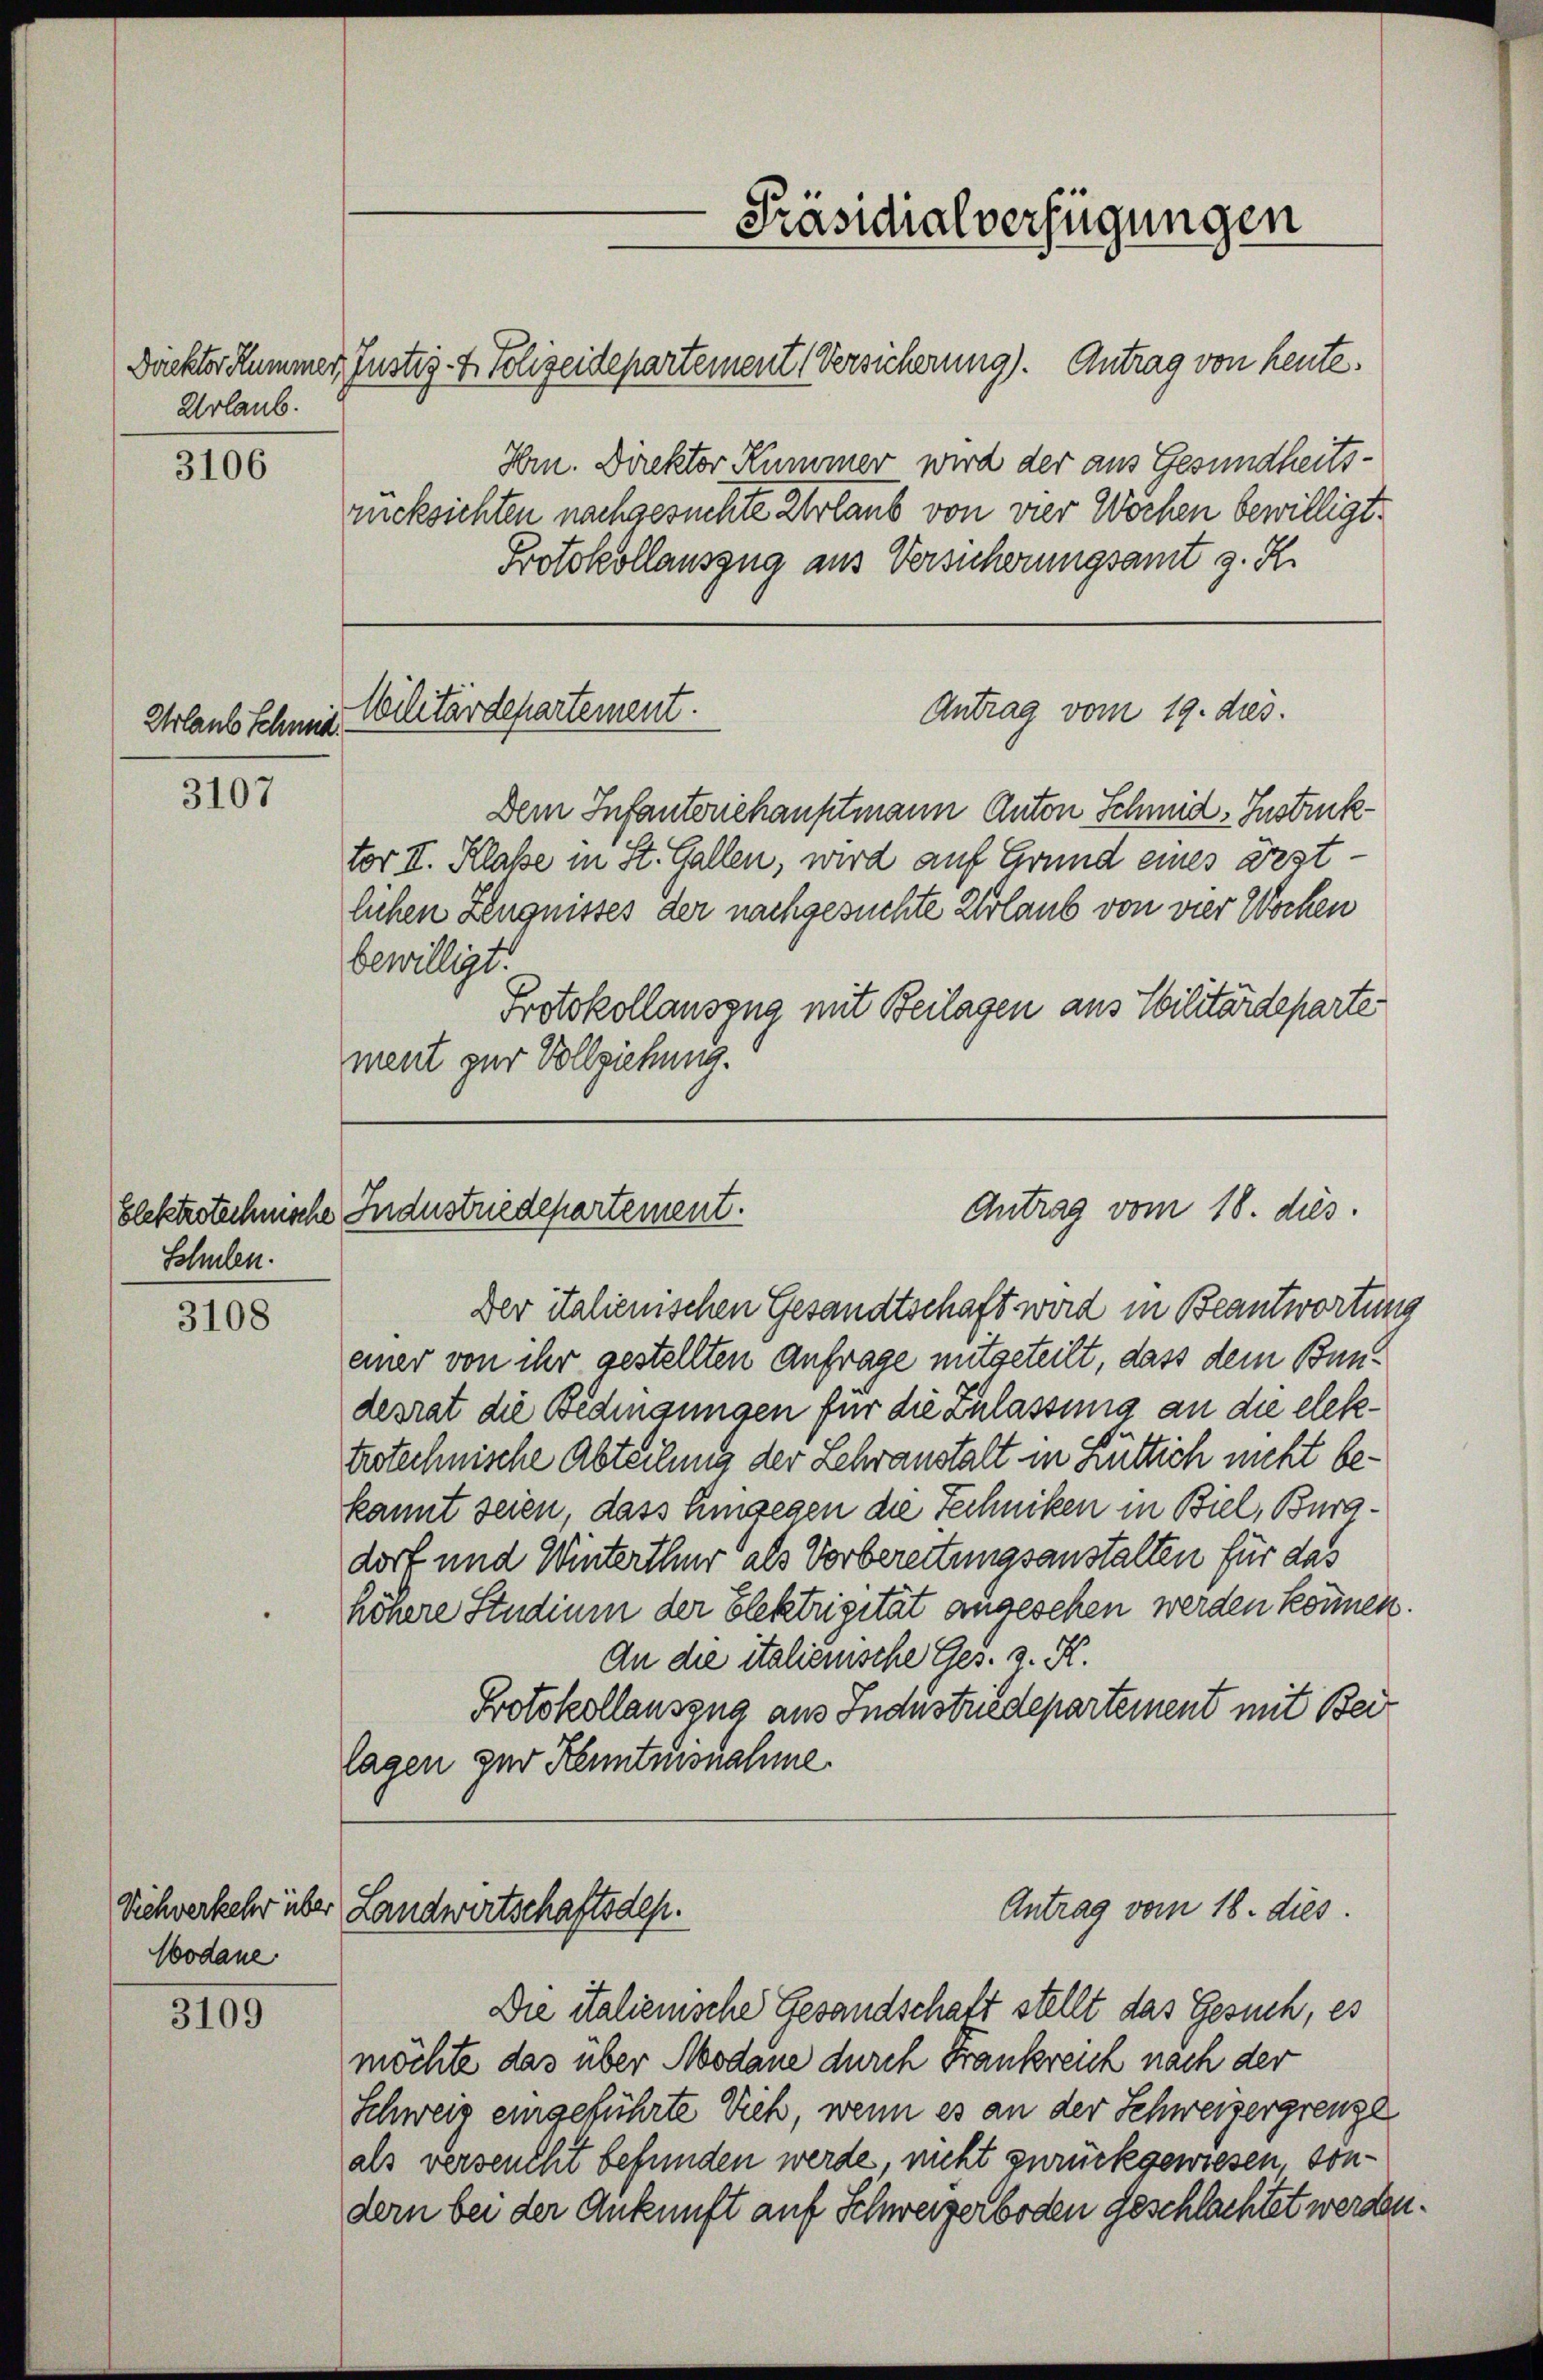
Urlaub.

3106

Urlaubs Schmid.

3107

Schulen.

3108

Wodane

3109

Däckter Kummer, Justiz- & Polizeidepartement Versicherung). Antrag von heute.
Hrn. Direktor Kümmer wird der aus Gesundheitsrücksichten nachgesuchte Urlaub von vier Wochen bewilligt.
Protokollauszug aus Versicherungsamt z. R.
Wilitärdepartement.
Antrag vom 19. dies.
Dem Infanteriehauptmann Anton Schmid-Instruk
tor II. Klaße in St. Gallen, wird auf Grund eines ärztlichen Zeugnisses der nachgesuchte Erlaub von vier Wochen
bewilligt.
Protokollauszug mit Beilagen aus Militärdeparte
ment zur Vollziehung.

Antrag vom 18. dies
blektrotechnische Industriedepartement.

Viehverkehr über Landwirtschaftsdep.

Präsidialverfügungen

Antrag vom 18. dies

Der italienischen Gesandtschaft wird in Beantwortung
einer von ihr gestellten Anfrage mitgeteilt, dass dem Bundesrat die Bedingungen für die Zulassung an die elektrotechnische Abteilung der Lehranstalt in Hüttich nicht bekannt seien, dass umgegen die Techniken in Biel, Buradorf und Winterthur als Vorbereitungsanstalten für das
höhere Studium der Elektrizität angesehen werden können.
An die italienische Ges. 3. K.
Protokollauszug aus Industriedepartement mit Beilagen zur Kenntnisnahme.

Die italienische Gesandschaft stellt das Gesuch, es
möchte das über Modane durch Frankreich nach der
Schweiz eingeführte Vieh, wenn es an der Schweizergrenze
als verseucht befunden werde nicht zurückgewiesen, sondern bei der Ankunft auf Schweizerboden geschlachtet werden.